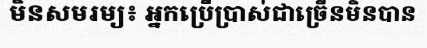
មិនសមរម្យ៖ អ្នកប្រើប្រាស់ជាច្រើនមិនបាន